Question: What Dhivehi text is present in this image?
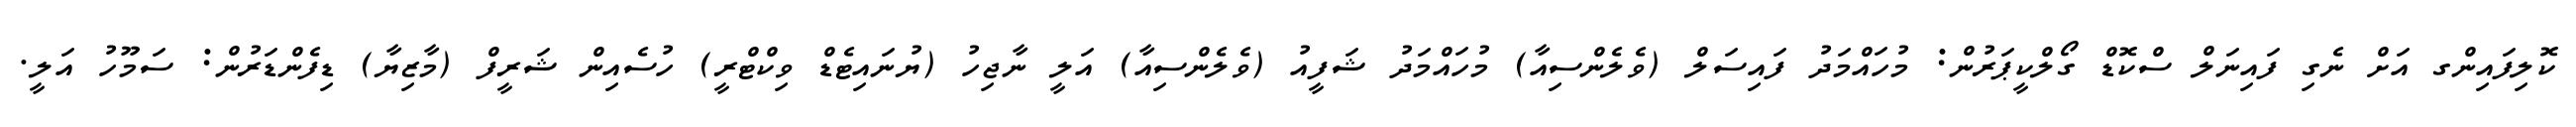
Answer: ކޮލިފައިންގ އަށް ނެގި ފައިނަލް ސްކޮޑް ގޯލްކީޕަރުން: މުހައްމަދު ފައިސަލް (ވެލެންސިއާ) މުހައްމަދު ޝަފީއު (ވެލެންސިއާ) އަލީ ނާޖިހު (ޔުނައިޓެޑް ވިކްޓްރީ) ހުސެއިން ޝަރީފް (މާޒިޔާ) ޑިފެންޑަރުން: ސަމޫހު އަލީ.